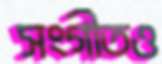
সংগীতও